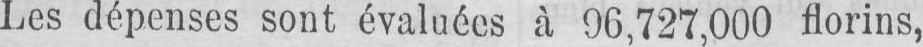
Les dépenses sont évaluées à 96,727,000 florins,